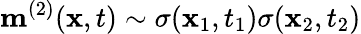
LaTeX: \mathbf{m}^{(2)}(\mathbf{x},t)\sim\sigma(\mathbf{x}_{1},t_{1})\sigma(\mathbf{x}_{2},t_{2})